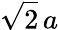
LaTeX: \sqrt{2}\, a